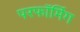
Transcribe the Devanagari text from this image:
परफॉर्मिग